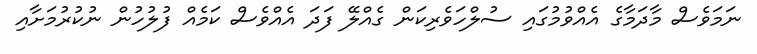
ނަމަވެސް މާދަމާގެ އެއްވުމުގައި ސުލްހަވެރިކަން ގެއްލޭ ފަދަ އެއްވެސް ކަމެއް ފުލުހުން ނުކުރުމަށާއި